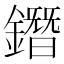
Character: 鐕